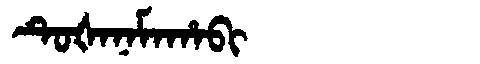
Manchu: ᡨᡠᡧᠠᠨᠠᠮᠠᡥᠠᠪᡳ
Romanization: TUŠANAMAHABI